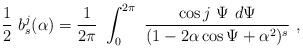
LaTeX: \begin{align*} \frac{1}{2}\ b_s^j(\alpha)=\frac{1}{2\pi}\ \int_0^{2\pi}\ \frac{\cos j\ \Psi\ d\Psi}{(1-2\alpha\cos{\Psi}+\alpha^2)^s}\ ,\end{align*}